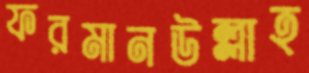
ফরমানউল্লাহ